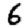
Digit: 6